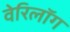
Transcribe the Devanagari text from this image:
वेरिलॉग